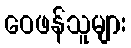
ဝေဖန်သူများ